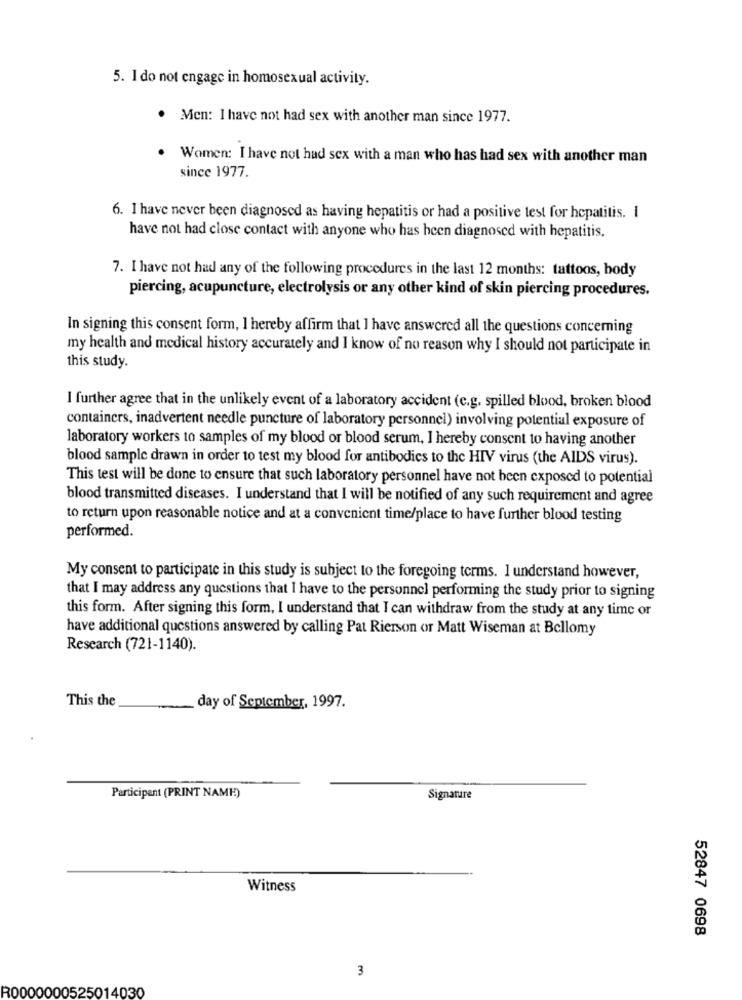
5. I do not engage in homosexual activity.
. Men: I have not had sex with another man since 1977.
. Women: I have not had sex with a man who has had sex with another man
since 1977.
6. I have never been diagnosed as having hepatitis or had a positive test for hepatitis. I
have not had close contact with anyone who has been diagnosed with hepatitis.
7. I have not had any of the following procedures in the last 12 months: tattoos, body
piercing, acupuncture, electrolysis or any other kind of skin piercing procedures.
In signing this consent form, I hereby affirm that I have answered all the questions concerning
my health and medical history accurately and I know of no reason why I should not participate in
this study.
I further agree that in the unlikely event of a laboratory accident (e.g. spilled blood, broken blood
containers, inadvertent needle puncture of laboratory personnel) involving potential exposure of
laboratory workers to samples of my blood or blood serum, I hereby consent to having another
blood sample drawn in order to test my blood for antibodies to the HIV virus (the AIDS virus).
This test will be done to ensure that such laboratory personnel have not been exposed to potential
blood transmitted diseases. I understand that I will be notified of any such requirement and agree
to return upon reasonable notice and at a convenient time/place to have further blood testing
performed.
My consent to participate in this study is subject to the foregoing terms. I understand however,
that I may address any questions that I have to the personnel performing the study prior to signing
this form. After signing this form, I understand that I can withdraw from the study at any time or
have additional questions answered by calling Pat Rierson or Matt Wiseman at Bellomy
Research (721-1140).
This the
day of September, 1997.
Participent (PRINT NAME)
Signature
Witness
52847 0698
3
R0000000525014030